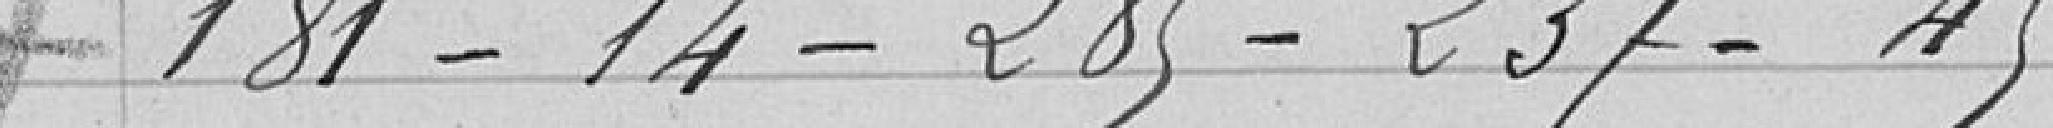
181 - 14 - 285 - 237 - 45